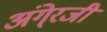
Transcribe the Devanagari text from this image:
अंगे्रजी